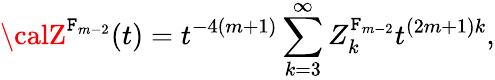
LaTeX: {\calZ}^{\mathtt{F}_{m-2}}(t)=t^{-4(m+1)}\sum_{k=3}^{\infty}{Z}_{k}^{\mathtt{F}_{m-2}}t^{(2m+1)k},